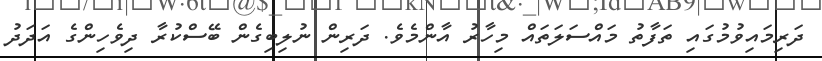
ދަރިމައިވުމުގައި ތަފާތު މައްސަލަތައް މިހާރު އާންމެވެ. ދަރިން ނުލިބިގެން ބޭސްކުރާ ދިވެހިންގެ އަދަދު